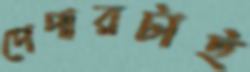
পেপারটাই